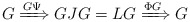
\begin{align*} G\xRightarrow{G\Psi}GJG=LG\xRightarrow{\Phi G}G\end{align*}